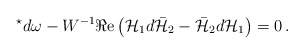
\begin{align*}{}^{\star}d\omega -W^{-1} \Re{\rm e}\left( {\cal H}_{1}d\bar{\cal H}_{2} -\bar{\cal H}_{2}d{\cal H}_{1}\right) = 0\, .\end{align*}